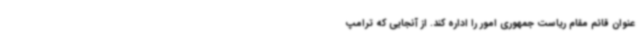
عنوان قائم مقام ریاست جمهوری امور را اداره کند. از آنجایی که ترامپ